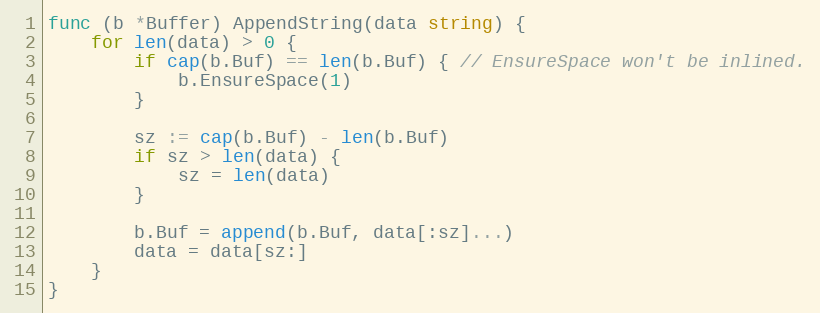
Language: Go
func (b *Buffer) AppendString(data string) {
	for len(data) > 0 {
		if cap(b.Buf) == len(b.Buf) { // EnsureSpace won't be inlined.
			b.EnsureSpace(1)
		}

		sz := cap(b.Buf) - len(b.Buf)
		if sz > len(data) {
			sz = len(data)
		}

		b.Buf = append(b.Buf, data[:sz]...)
		data = data[sz:]
	}
}